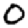
Digit: 0